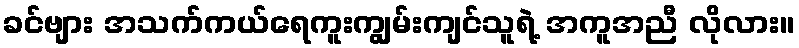
ခင်ဗျား အသက်ကယ်ရေကူးကျွမ်းကျင်သူရဲ့ အကူအညီ လိုလား။